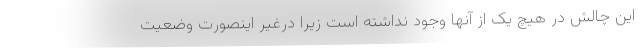
این چالش در هیچ یک از آنها وجود نداشته است زیرا درغیر اینصورت وضعیت